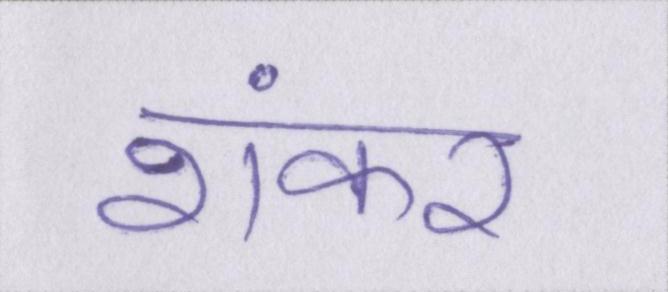
शंकर